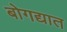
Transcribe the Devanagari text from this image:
बोगद्यात